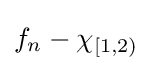
f_{n}-\chi _{[1,2)}